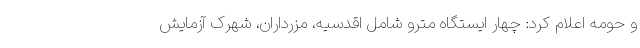
و حومه اعلام کرد: چهار ایستگاه مترو شامل اقدسیه، مزرداران، شهرک آزمایش